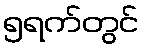
၅ရက်တွင်